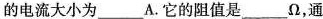
的电流大小为___A.它的阻值是___Ω，通